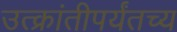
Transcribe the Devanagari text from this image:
उत्क्रांतीपर्यंतच्य